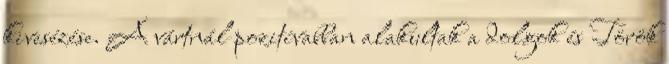
kivesézése. A vártnál pozitívabban alakultak a dolgok és Török